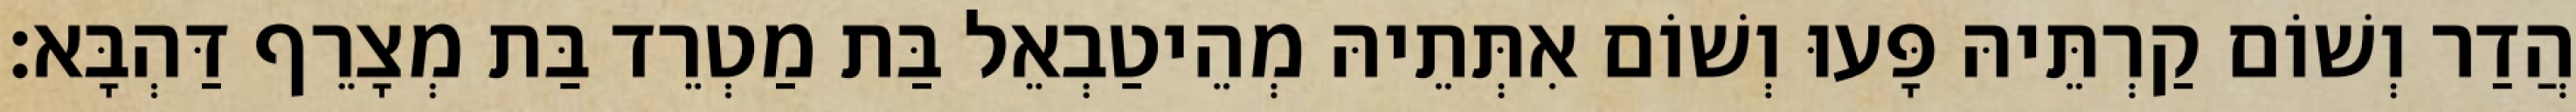
הֲדַר וְשׁוֹם קַרְתֵּיהּ פָּעוּ וְשׁוֹם אִתְּתֵיהּ מְהֵיטַבְאֵל בַּת מַטְרֵד בַּת מְצָרֵף דַּהְבָּא׃